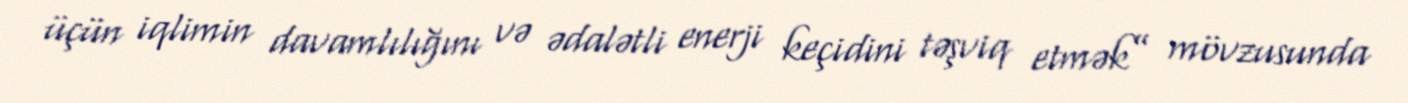
üçün iqlimin davamlılığını və ədalətli enerji keçidini təşviq etmək” mövzusunda